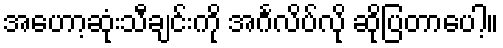
အဟော့ဆုံးသီချင်းကို အင်္ဂလိပ်လို ဆိုပြတာပေါ့။